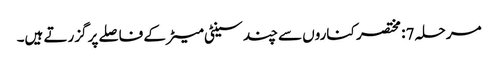
مرحلہ 7: مختصر کناروں سے چند سینٹی میٹر کے فاصلے پر گزرتے ہیں۔